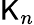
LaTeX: \mathsf{K}_{n}